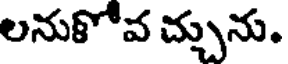
లనుకోవ చ్చును.